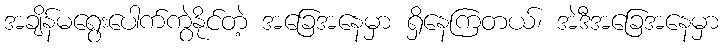
အချိန်မရွေးပေါက်ကွဲနိုင်တဲ့ အခြေအနေမှာ ရှိနေကြတယ်၊ အဲဒီအခြေအနေမှာ